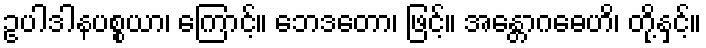
ဥပါဒါနပစ္စယာ၊ ကြောင့်။ ဘေဒတော၊ ဖြင့်။ အန္တောဂဓေဟိ၊ တို့နှင့်။